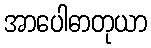
အာပေါဓာတုယာ